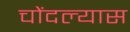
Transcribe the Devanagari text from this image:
चोंदल्यास